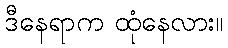
ဒီနေရာက ထုံနေလား။